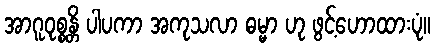
အာဂူဝုစ္စန္တိ ပါပကာ အကုသလာ ဓမ္မာ ဟု ဖွင့်ဟောထားပုံ။